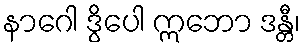
နာဂေါ ဒွိပေါ ဣဘော ဒန္တီ၊